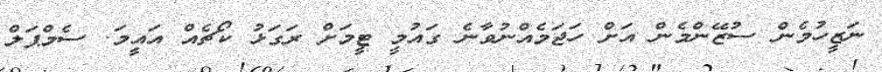
ނަޒީހުމެން ސުޒޭންމެން އަށް ހަޖަމެއްނުވާނެ ގައުމީ ޓީމަށް ރަގަޅު ކޯޗެެއް އައީމަ. ސެމްޕަލް